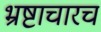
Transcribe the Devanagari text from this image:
भ्रष्टाचारच